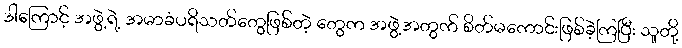
ဒါကြောင့် အဖွဲ့ရဲ့ အမာခံပရိသတ်တွေဖြစ်တဲ့ တွေက အဖွဲ့အတွက် စိတ်မကောင်းဖြစ်ခဲ့ကြပြီး သူတို့